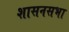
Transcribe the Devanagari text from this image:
शासनसभा